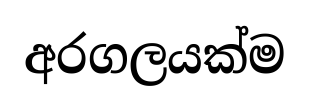
අරගලයක්ම